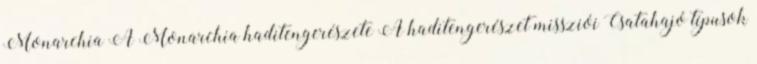
Monarchia A Monarchia haditengerészete A haditengerészet missziói Csatahajó típusok